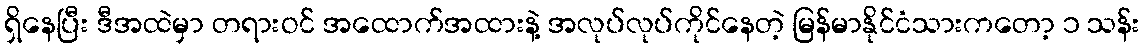
ရှိနေပြီး ဒီအထဲမှာ တရားဝင် အထောက်အထားနဲ့ အလုပ်လုပ်ကိုင်နေတဲ့ မြန်မာနိုင်ငံသားကတော့ ၁ သန်း